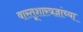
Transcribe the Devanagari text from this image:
वास्तूशास्त्रज्ञांच्या